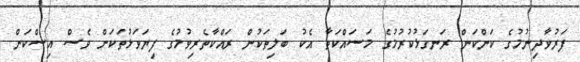
ފަރުވާދިނުމުގެ ކަންކަން ރަނގަޅުކުރުމުގެ މަސައްކަތާ އެކު ބަލިތަކުން ރައްކާތެރިވުމުގެ ފިޔަވަޅުތަކަށް ވެސް އިސްކަން